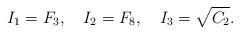
LaTeX: \begin{align*}I_1=F_3,\quad I_2=F_8, \quad I_3=\sqrt{C_2}.\end{align*}